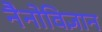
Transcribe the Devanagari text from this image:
नैनोविज्ञान